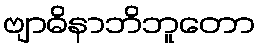
ဗျာဓိနာဘိဘူတော